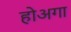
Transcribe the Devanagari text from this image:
होअगा